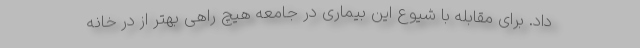
داد. برای مقابله با شیوع این بیماری در جامعه هیچ راهی بهتر از در خانه